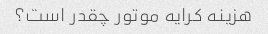
هزینه کرایه موتور چقدر است؟